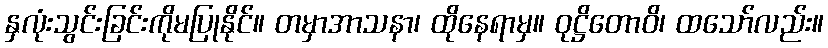
နှလုံးသွင်းခြင်းကိုမပြုနိုင်။ တမှာအာသနာ၊ ထိုနေရာမှ။ ဝုဋ္ဌိတောဝိ၊ ထသော်လည်း။